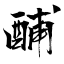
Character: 酺